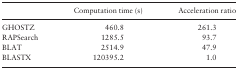
<table><thead><tr><td>[EMPTY_CELL]</td><td><b>Computation time (s)</b></td><td><b>Acceleration ratio</b></td></tr></thead><tbody><tr><td>GHOSTZ</td><td>460.8</td><td>261.3</td></tr><tr><td>RAPSearch</td><td>1285.5</td><td>93.7</td></tr><tr><td>BLAT</td><td>2514.9</td><td>47.9</td></tr><tr><td>BLASTX</td><td>120395.2</td><td>1.0</td></tr></tbody></table>